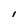
Character: l